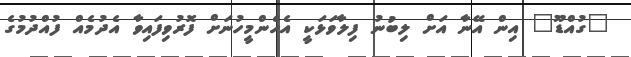
"ގުއްޑޫ" އިން އޭނާ އަށް ލިބުނު ފިލާވަޅަކީ އެހެންމީހުނަށް ފޮރުވިފައިވާ އެދުމެއް ފުއްދުމުގެ